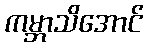
ကမ္ဘာသိအောင်